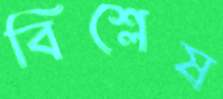
বিশ্লেষ